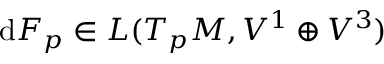
\mathrm { d } F _ { p } \in L ( T _ { p } M , V ^ { 1 } \oplus V ^ { 3 } )